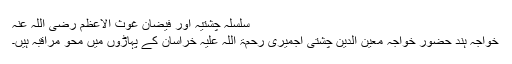
سلسلہ چشتیہ اور فیضانِ غوث الاعظم رضی اللہ عنہ
خواجہ ہند حضور خواجہ معین الدین چشتی اجمیری رحمۃ اللہ علیہ خراسان کے پہاڑوں میں محوِ مراقبہ ہیں۔